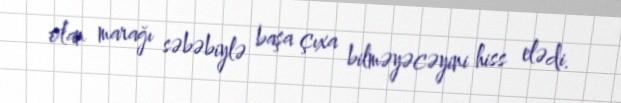
olan marağı səbəbiylə başa çıxa bilməyəcəyini hiss elədi.